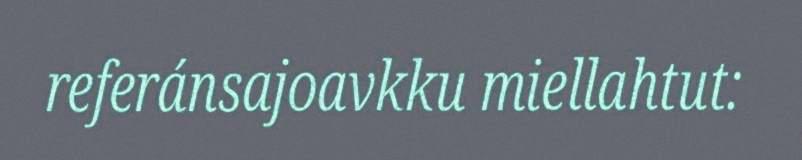
referánsajoavkku miellahtut: